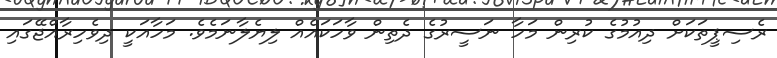
ރެސިޕީތަކަށް ދިއުމުގެ ކުރިން މަހާ ނަސީރުގެ ދެތިން ވާހަކައެއް ލިޔެލާނަމެވެ. މަހާއަކީ ދިވެހިރާއްޖޭގައި